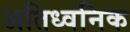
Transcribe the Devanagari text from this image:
अतिध्वनिक